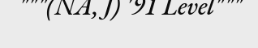
"""(NA, J) '91 Level"""